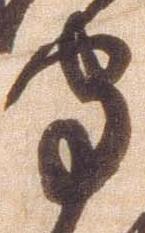
守